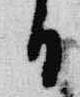
日